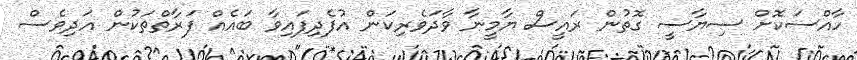
ހާއްސަކޮށް ސިޔާސީ ގޮތުން ރައީސް ޔާމީނާ ވާދަވެރިކަން އުފެދިފައިވާ ބައެއް ފަރާތްތަކުން އަދިވެސް